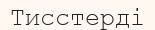
Тисстерді